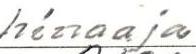
hinaaja